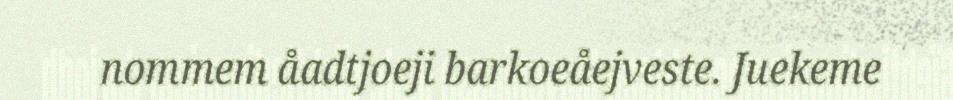
nommem åadtjoeji barkoeåejveste. Juekeme